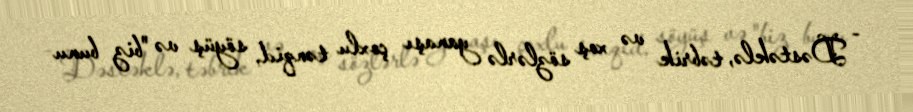
- Dəstəklə, təbrik və xoş sözlərlə yanaşı çoxlu tənqid, söyüş və "biz bunu